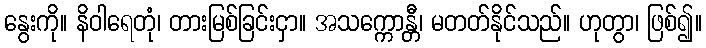
နွေးကို။ နိဝါရေတုံ၊ တားမြစ်ခြင်းငှာ။ အသက္ကောန္တီ၊ မတတ်နိုင်သည်။ ဟုတွာ၊ ဖြစ်၍။